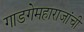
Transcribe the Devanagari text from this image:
गाडगेमहाराजांची